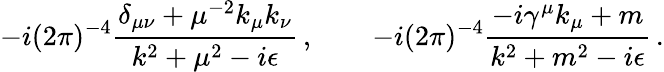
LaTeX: -i(2\pi)^{-4}{\frac{\delta_{\mu\nu}+\mu^{-2}k_{\mu}k_{\nu}}{k^{2}+\mu^{2}-i\epsilon}}\, ,\qquad-i(2\pi)^{-4}{\frac{-i\gamma^{\mu}k_{\mu}+m}{k^{2}+m^{2}-i\epsilon}}\, .